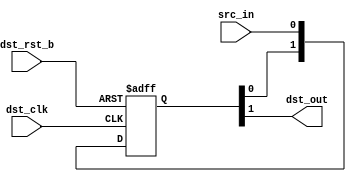
/*Copyright 2020-2021 T-Head Semiconductor Co., Ltd.

Licensed under the Apache License, Version 2.0 (the "License");
you may not use this file except in compliance with the License.
You may obtain a copy of the License at

    http://www.apache.org/licenses/LICENSE-2.0

Unless required by applicable law or agreed to in writing, software
distributed under the License is distributed on an "AS IS" BASIS,
WITHOUT WARRANTIES OR CONDITIONS OF ANY KIND, either express or implied.
See the License for the specific language governing permissions and
limitations under the License.
*/
module tdt_dm_sync_dff #(
    parameter    SYNC_NUM = 2
)(
    input        dst_clk,
    input        dst_rst_b,
    input        src_in,
    output       dst_out
);

reg  [SYNC_NUM-1:0] sync_ff;

always @ (posedge dst_clk or negedge dst_rst_b) begin
    if (!dst_rst_b)
        sync_ff[SYNC_NUM-1:0] <= {SYNC_NUM{1'b0}};
    else 
        sync_ff[SYNC_NUM-1:0] <= {sync_ff[SYNC_NUM-2:0], src_in};
end

assign dst_out = sync_ff[SYNC_NUM-1];

endmodule